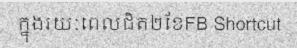
ក្នុងរយៈពេលជិត២ខែFB Shortcut